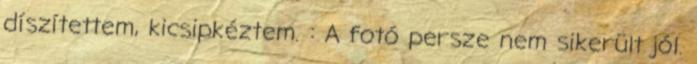
díszítettem, kicsipkéztem. : A fotó persze nem sikerült jól.